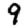
Digit: 9